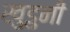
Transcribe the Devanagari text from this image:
खुडुनी